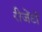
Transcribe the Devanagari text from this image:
रीजेंटों